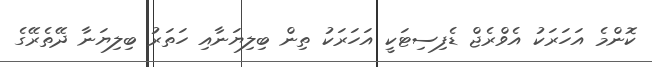
ކޮންމެ އަހަރަކު އެވްރެޖް ޑެފިސިޓަކީ އަހަރަކު ތިން ބިލިޔަނާއި ހަތަރު ބިލިޔަނާ ދޭތެރޭގެ